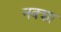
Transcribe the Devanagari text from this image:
नक्‍शा